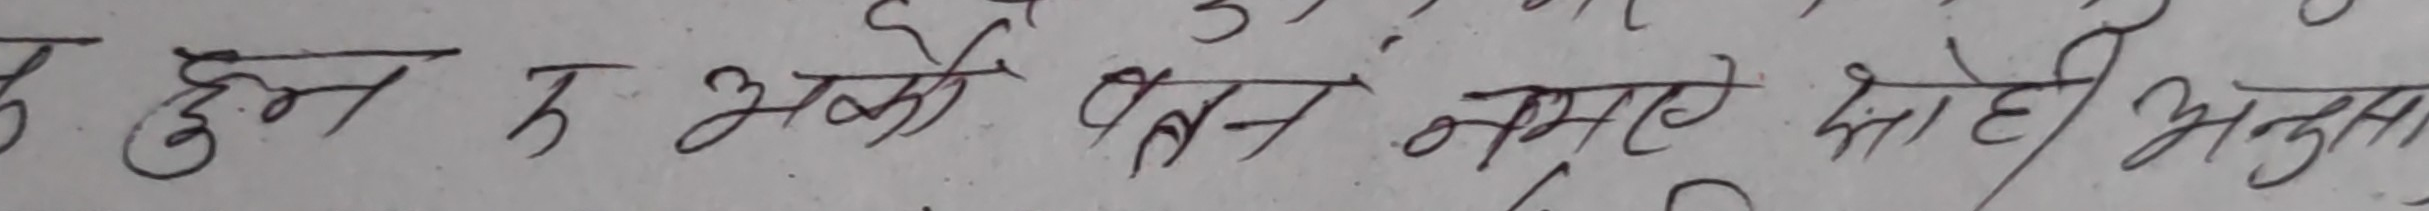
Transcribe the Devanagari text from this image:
हूँन र भको एकदम नसम्झए साह्रै अनुहार